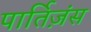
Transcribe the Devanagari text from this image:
पार्तिज़ंस